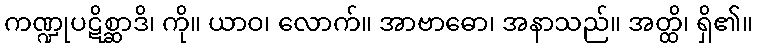
ကဏ္ဍုပဋိစ္ဆာဒိ၊ ကို။ ယာဝ၊ လောက်။ အာဗာဓော၊ အနာသည်။ အတ္ထိ၊ ရှိ၏။